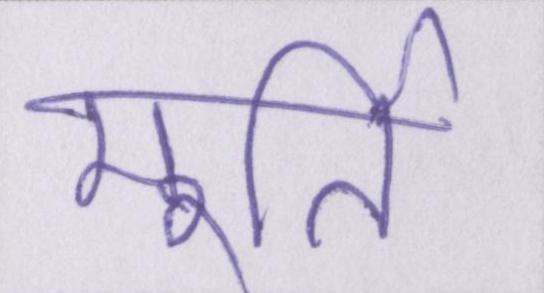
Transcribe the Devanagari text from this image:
मूर्ति